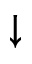
\downarrow